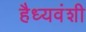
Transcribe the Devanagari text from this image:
हैध्यवंशी